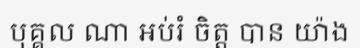
បុគ្គល ណា អប់រំ ចិត្ត បាន យ៉ាង